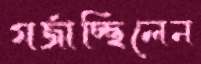
গর্‌জাচ্ছিলেন